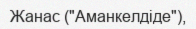
Жанас ("Аманкелдіде"),